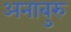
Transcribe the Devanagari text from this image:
अनाबुरु